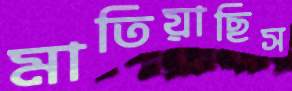
মাতিয়াছিস